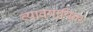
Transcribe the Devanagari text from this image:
व्यावयायिक